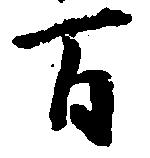
百